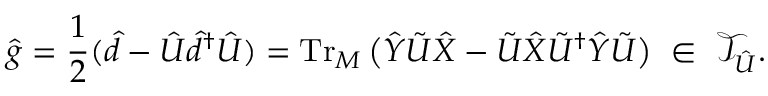
\hat { g } = \frac { 1 } { 2 } ( \hat { d } - \hat { U } \hat { d } ^ { \dag } \hat { U } ) \stackrel { } { = } \operatorname { T r } _ { M } \big ( \hat { Y } \tilde { U } \hat { X } - \tilde { U } \hat { X } \tilde { U } ^ { \dag } \hat { Y } \tilde { U } \big ) \ \in \ \mathcal { T } _ { \hat { U } } .